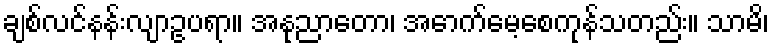
ချစ်လင်နန်းလျာဥပရာ။ အနုညာတော၊ အောက်မေ့စေကုန်သတည်း။ သာမိ၊